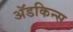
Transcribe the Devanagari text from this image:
अॅडकिन्स